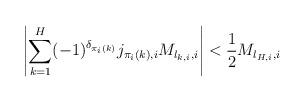
LaTeX: \begin{align*} \left|\sum_{k=1}^H(-1)^{\delta_{\pi_i(k)}}j_{\pi_i(k),i}M_{l_{k,i},i}\right|<\frac{1}{2}M_{l_{H,i},i}\end{align*}